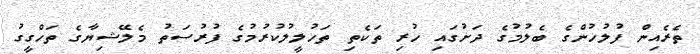
ތެރެއިން ފުލުހުންގެ ބެލުމުގެ ދަށުގައި ހުރި ތަކެތި ތަހުލީލުކުރުމުގެ ފުރުސަތު މެލޭޝިޔާގެ ތަހްގީގު